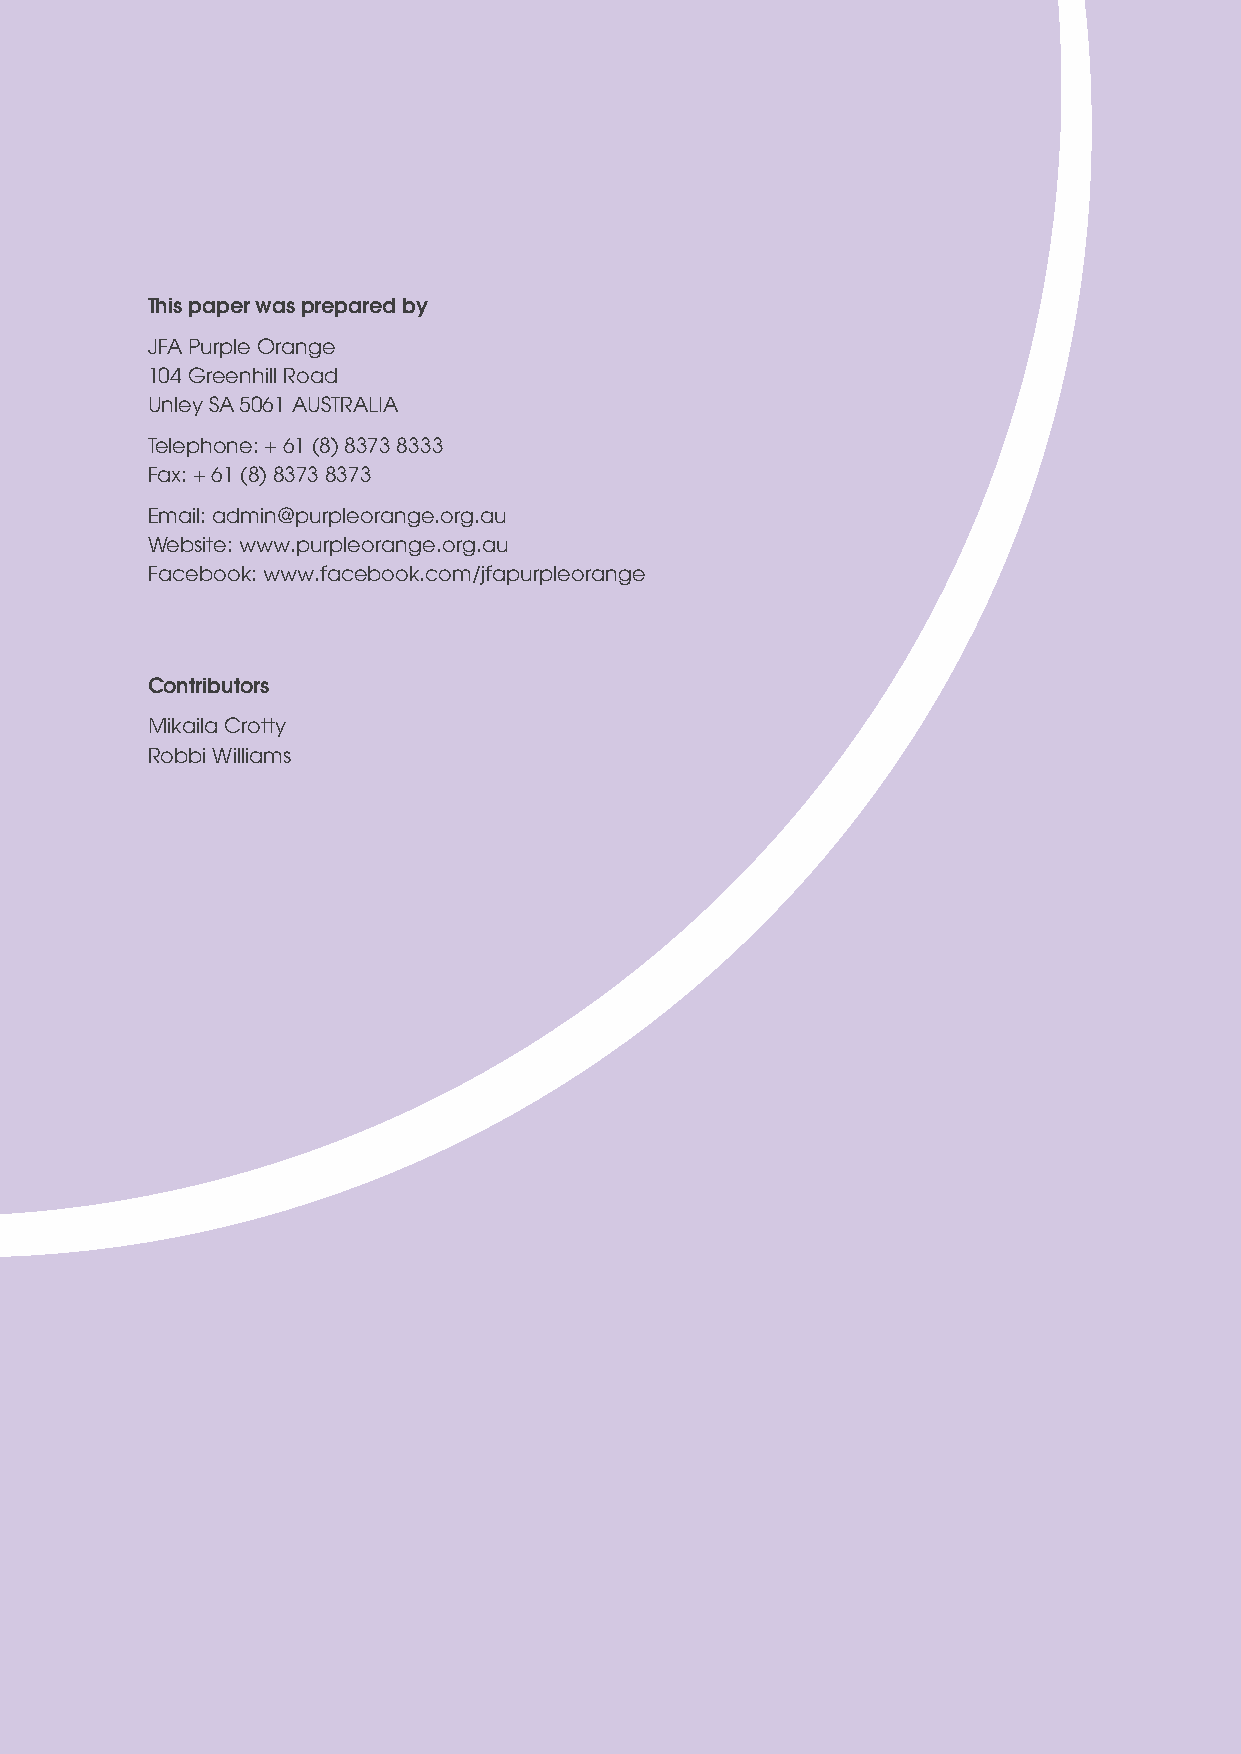
2     JFA Purple Orange
 This paper was prepared by
 JFA Purple Orange
 104 Greenhill Road
 Unley SA 5061 AUSTRALIA
 Telephone: + 61 (8) 8373 8333
 Fax: + 61 (8) 8373 8373
 Email: admin@purpleorange.org.au
 Website: www.purpleorange.org.au
 Facebook: www.facebook.com/jfapurpleorange
 Contributors
 Mikaila Crotty
 Robbi Williams